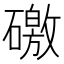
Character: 礉